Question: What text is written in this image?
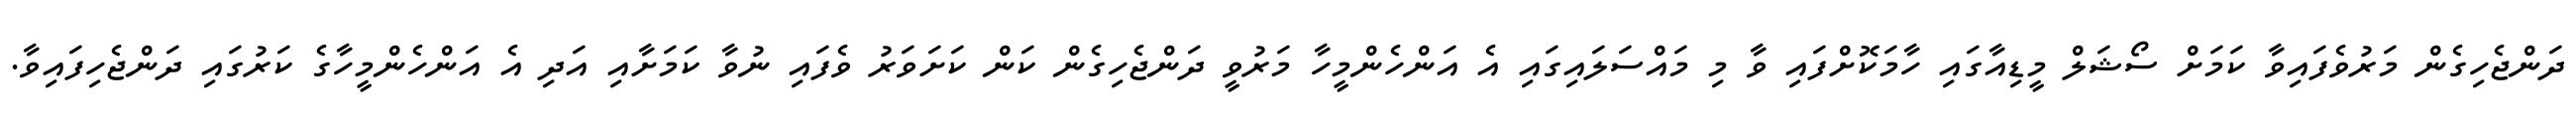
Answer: ދަންޖެހިގެން މަރުވެފައިވާ ކަމަށް ސޯޝަލް މީޑިއާގައި ހާމަކޮށްފައި ވާ މި މައްސަލައިގައި އެ އަންހެންމީހާ މަރުވީ ދަންޖެހިގެން ކަން ކަށަވަރު ވެފައި ނުވާ ކަމަށާއި އަދި އެ އަންހެންމީހާގެ ކަރުގައި ދަންޖެހިފައިވާ.